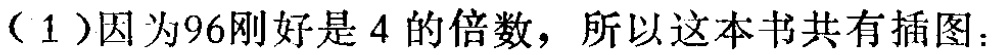
（1）因为96刚好是4的倍数，所以这本书共有插图：